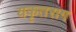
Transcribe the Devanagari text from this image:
यकृतराग